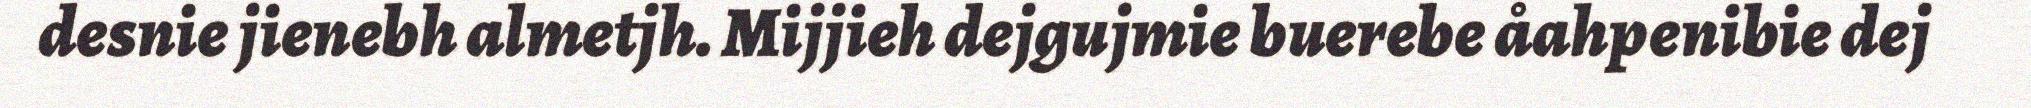
desnie jienebh almetjh. Mijjieh dejgujmie buerebe åahpenibie dej